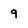
Character: 9